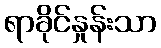
ရာခိုင်နှုန်းသာ